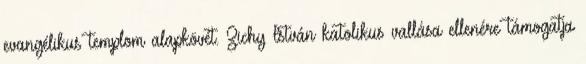
evangélikus templom alapkövét. Zichy István katolikus vallása ellenére támogatja